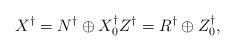
LaTeX: \begin{align*}X^\dagger = N^\dagger \oplus X_0^\dagger Z^\dagger = R^\dagger \oplus Z_0^\dagger,\end{align*}